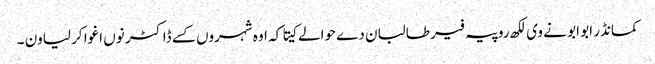
کمانڈر ابو ابو نے وی لکھ روپیہ فیر طالبان دے حوالے کیتا کہ اوہ شہروں کسے ڈاکٹر نوں اغوا کر لیاون ۔